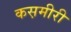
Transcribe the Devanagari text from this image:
कस़मीरी